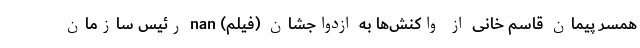
همسر پیمان قاسم خانی از واکنش‌ها به ازدواجشان (فیلم) nan رئیس سازمان